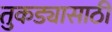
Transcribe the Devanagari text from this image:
तुकड्यासाठी